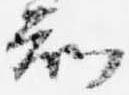
知